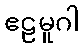
ဧဠမူဂါ